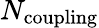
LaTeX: N_{\mathrm{coupling}}